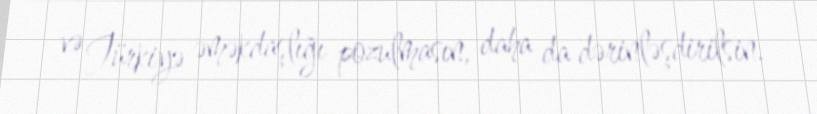
və Türkiyə əməkdaşlığı pozulmasın, daha da dərinləşdirilsin.